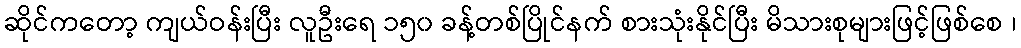
ဆိုင်ကတော့ ကျယ်ဝန်းပြီး လူဦးရေ ၁၅၀ ခန့်တစ်ပြိုင်နက် စားသုံးနိုင်ပြီး မိသားစုများဖြင့်ဖြစ်စေ ၊